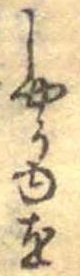
しやうゆを